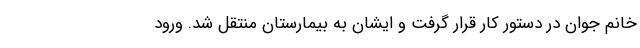
خانم جوان در دستور کار قرار گرفت و ایشان به بیمارستان منتقل شد. ورود